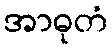
အာဓုတံ